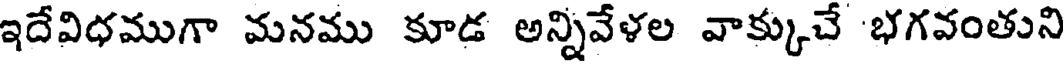
ఇదేవిధముగా మనము కూడ అన్నివేళల వాక్కుచే భగవంతుని